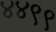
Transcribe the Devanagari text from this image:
४४९९